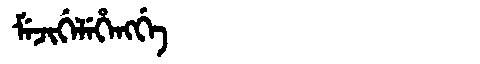
Manchu: ᠮᡝᠵᡳᡤᡝᠯᡝᡥᡝᠩᡤᡝ
Romanization: MEJIGELEHENGGE